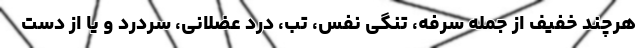
هرچند خفیف از جمله سرفه، تنگی نفس، تب، درد عضلانی، سردرد و یا از دست